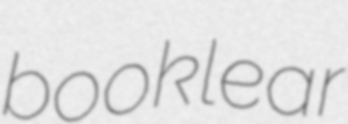
booklear